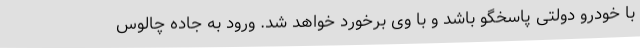
با خودرو دولتی پاسخگو باشد و با وی برخورد خواهد شد. ورود به جاده چالوس